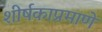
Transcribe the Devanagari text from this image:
शीर्षकाप्रमाणे